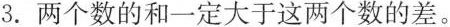
3.两个数的和一定大于这两个数的差。